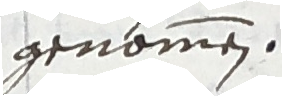
genommen.